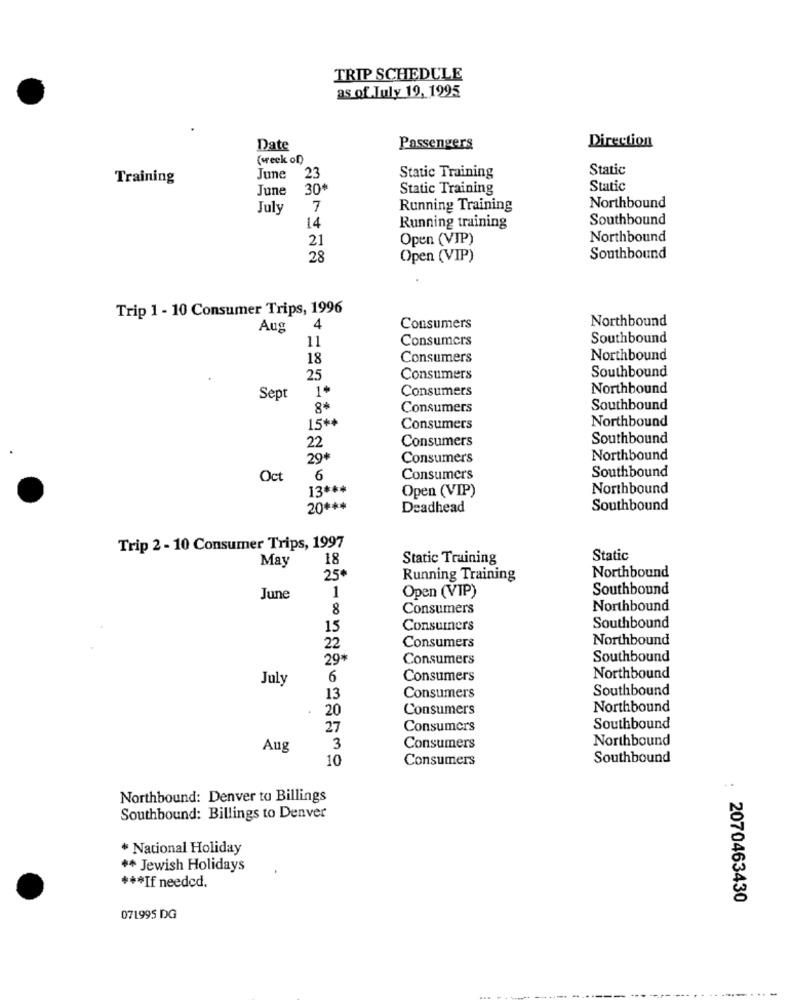
TRIP SCHEDULE
as of July 19, 1995
Direction
Date
Passengers
(week of)
Static
Training
June 23
Static Training
June
30
Static Training
Static
July
7
Running Training
Northbound
Southbound
14
Running training
21
Open (VIP)
Northbound
28
Open (VIP)
Southbound
Trip 1 - 10 Consumer Trips, 1996
Northbound
Aug
4
Consumers
11
Consumers
Southbound
18
Consumers
Northbound
Southbound
25
Consumers
Consumers
Northbound
Sept
1*
8+
Consumers
Southbound
15++
Northbound
Consumers
22
Consumers
Southbound
29€
Consumers
Northbound
Southbound
Oct
6
Consumers
13 ***
Open (VIP)
Northbound
20 ***
Deadhead
Southbound
Trip 2 - 10 Consumer Trips, 1997
May
18
Static Training
Static
25*
Running Training
Northbound
Southbound
June
1
Open (VIP)
8
Consumers
Northbound
15
Consumers
Southbound
22
Northbound
Consumers
29*
Consumers
Southbound
July
6
Consumers
Northbound
Southbound
13
Consumers
20
Consumers
Northbound
27
Consumers
Southbound
Northbound
Aug
3
Consumers
10
Consumers
Southbound
.
Northbound: Denver to Billings
Southbound: Billings to Denver
* National Holiday
** Jewish Holidays
*** If needed.
2070463430
071995 DG